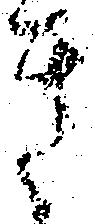
き